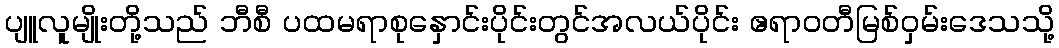
ပျူလူမျိုးတို့သည် ဘီစီ ပထမရာစုနှောင်းပိုင်းတွင်အလယ်ပိုင်း ဧရာဝတီမြစ်ဝှမ်းဒေသသို့